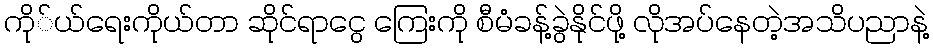
ကို်ယ်ရေးကိုယ်တာ ဆိုင်ရာငွေ ကြေးကို စီမံခန့်ခွဲနိုင်ဖို့ လိုအပ်နေတဲ့အသိပညာနဲ့